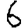
Digit: 6